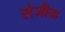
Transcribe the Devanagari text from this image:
संजीय